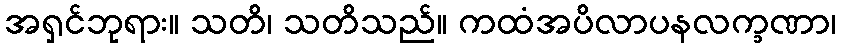
အရှင်ဘုရား။ သတိ၊ သတိသည်။ ကထံအပိလာပနလက္ခဏာ၊